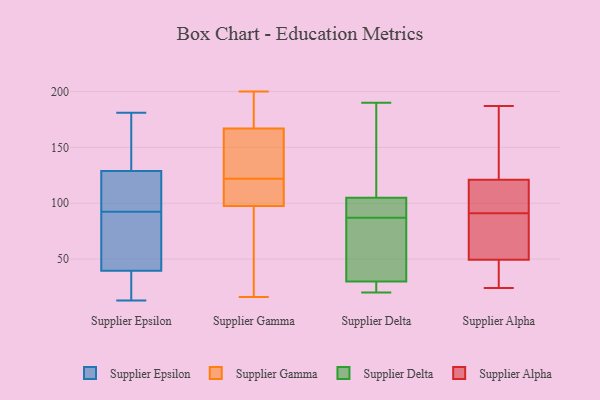
{"axis": {"x": "Website Visitors", "y": "Value"}, "legend": ["Supplier Alpha", "Supplier Delta", "Supplier Epsilon", "Supplier Gamma"], "data": [{"x": "", "y": 30, "type": "Supplier Epsilon"}, {"x": "", "y": 38, "type": "Supplier Epsilon"}, {"x": "", "y": 74, "type": "Supplier Epsilon"}, {"x": "", "y": 27, "type": "Supplier Epsilon"}, {"x": "", "y": 16, "type": "Supplier Epsilon"}, {"x": "", "y": 91, "type": "Supplier Epsilon"}, {"x": "", "y": 63, "type": "Supplier Epsilon"}, {"x": "", "y": 126, "type": "Supplier Epsilon"}, {"x": "", "y": 181, "type": "Supplier Epsilon"}, {"x": "", "y": 13, "type": "Supplier Epsilon"}, {"x": "", "y": 160, "type": "Supplier Epsilon"}, {"x": "", "y": 95, "type": "Supplier Epsilon"}, {"x": "", "y": 129, "type": "Supplier Epsilon"}, {"x": "", "y": 41, "type": "Supplier Epsilon"}, {"x": "", "y": 49, "type": "Supplier Epsilon"}, {"x": "", "y": 153, "type": "Supplier Epsilon"}, {"x": "", "y": 121, "type": "Supplier Epsilon"}, {"x": "", "y": 129, "type": "Supplier Epsilon"}, {"x": "", "y": 94, "type": "Supplier Epsilon"}, {"x": "", "y": 177, "type": "Supplier Epsilon"}, {"x": "", "y": 122, "type": "Supplier Gamma"}, {"x": "", "y": 118, "type": "Supplier Gamma"}, {"x": "", "y": 134, "type": "Supplier Gamma"}, {"x": "", "y": 73, "type": "Supplier Gamma"}, {"x": "", "y": 154, "type": "Supplier Gamma"}, {"x": "", "y": 99, "type": "Supplier Gamma"}, {"x": "", "y": 164, "type": "Supplier Gamma"}, {"x": "", "y": 196, "type": "Supplier Gamma"}, {"x": "", "y": 77, "type": "Supplier Gamma"}, {"x": "", "y": 16, "type": "Supplier Gamma"}, {"x": "", "y": 200, "type": "Supplier Gamma"}, {"x": "", "y": 106, "type": "Supplier Gamma"}, {"x": "", "y": 168, "type": "Supplier Gamma"}, {"x": "", "y": 97, "type": "Supplier Gamma"}, {"x": "", "y": 190, "type": "Supplier Gamma"}, {"x": "", "y": 22, "type": "Supplier Delta"}, {"x": "", "y": 175, "type": "Supplier Delta"}, {"x": "", "y": 35, "type": "Supplier Delta"}, {"x": "", "y": 41, "type": "Supplier Delta"}, {"x": "", "y": 109, "type": "Supplier Delta"}, {"x": "", "y": 24, "type": "Supplier Delta"}, {"x": "", "y": 87, "type": "Supplier Delta"}, {"x": "", "y": 87, "type": "Supplier Delta"}, {"x": "", "y": 93, "type": "Supplier Delta"}, {"x": "", "y": 190, "type": "Supplier Delta"}, {"x": "", "y": 101, "type": "Supplier Delta"}, {"x": "", "y": 30, "type": "Supplier Delta"}, {"x": "", "y": 20, "type": "Supplier Delta"}, {"x": "", "y": 105, "type": "Supplier Delta"}, {"x": "", "y": 127, "type": "Supplier Alpha"}, {"x": "", "y": 67, "type": "Supplier Alpha"}, {"x": "", "y": 103, "type": "Supplier Alpha"}, {"x": "", "y": 24, "type": "Supplier Alpha"}, {"x": "", "y": 81, "type": "Supplier Alpha"}, {"x": "", "y": 187, "type": "Supplier Alpha"}, {"x": "", "y": 91, "type": "Supplier Alpha"}, {"x": "", "y": 91, "type": "Supplier Alpha"}, {"x": "", "y": 176, "type": "Supplier Alpha"}, {"x": "", "y": 92, "type": "Supplier Alpha"}, {"x": "", "y": 29, "type": "Supplier Alpha"}, {"x": "", "y": 42, "type": "Supplier Alpha"}, {"x": "", "y": 158, "type": "Supplier Alpha"}, {"x": "", "y": 44, "type": "Supplier Alpha"}, {"x": "", "y": 66, "type": "Supplier Alpha"}]}